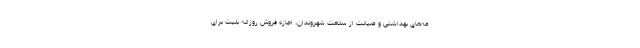
مه‌های بهداشتی و صیانت از سلامت شهروندان، اجازه فروش روزانه بلیت برای